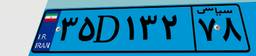
۶۹D۸۴۶۴۷